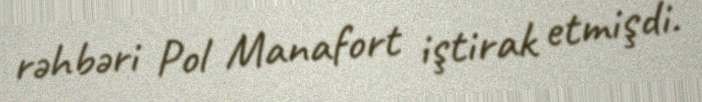
rəhbəri Pol Manafort iştirak etmişdi.